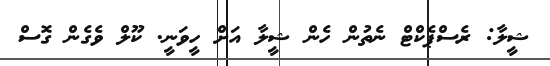
ޝީލާ: ރެސްޕެކްޓް ނެތުން ހެން ޝީލާ އަށް ހީވަނީ. ކޫލް ވެގެން ގޮސް